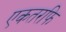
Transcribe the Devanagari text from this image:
एकतरफि